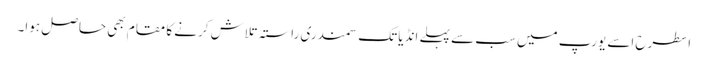
اسطرح اسے یورپ میں سب سے پہلے انڈیا تک سمندری راستہ تلاش کرنے کا مقام بھی حاصل ہوا۔